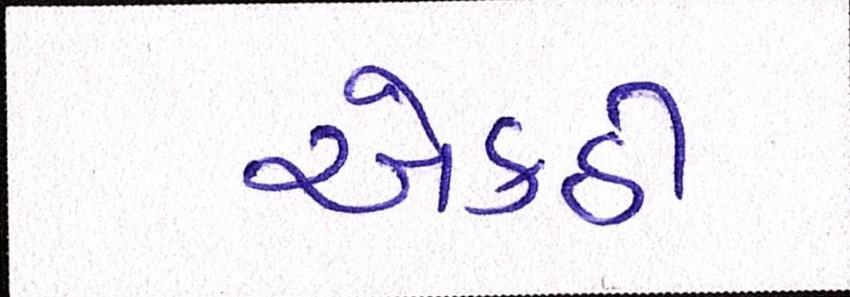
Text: એકઠી